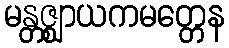
မန္တဇ္ဈာယကမတ္တေန